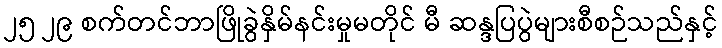
၂၅ ၂၉ စက်တင်ဘာဖြိုခွဲနှိမ်နင်းမှုမတိုင် မီ ဆန္ဒပြပွဲများစီစဉ်သည်နှင့်